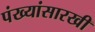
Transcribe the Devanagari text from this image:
पंख्यांसारखी